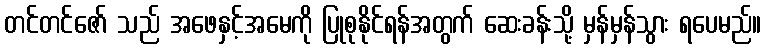
တင်တင်ဇော် သည် အဖေနှင့်အမေကို ပြုစုနိုင်ရန်အတွက် ဆေးခန်းသို့ မှန်မှန်သွား ရပေမည်။